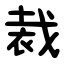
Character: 裁